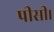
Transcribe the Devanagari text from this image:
पीसी।